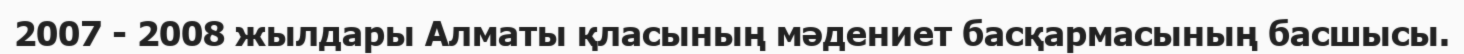
2007 - 2008 жылдары Алматы қласының мәдениет басқармасының басшысы.